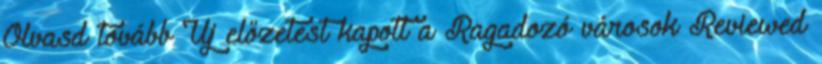
Olvasd tovább Új előzetest kapott a Ragadozó városok Reviewed